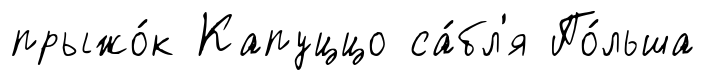
прыжо́к Капуццо са́бл'я По́льша